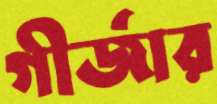
গীর্জার